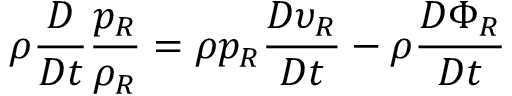
\rho \frac { D } { D t } \frac { p _ { R } } { \rho _ { R } } = \rho p _ { R } \frac { D \upsilon _ { R } } { D t } - \rho \frac { D \Phi _ { R } } { D t }